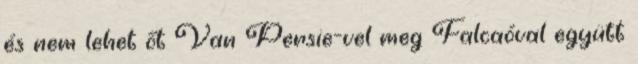
és nem lehet őt Van Persie-vel meg Falcaóval együtt